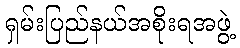
ရှမ်းပြည်နယ်အစိုးရအဖွဲ့